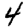
Digit: 4